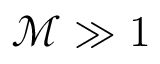
\mathcal { M } \gg 1